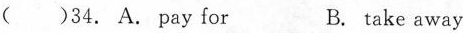
( )34. A. Pey for B. take away